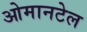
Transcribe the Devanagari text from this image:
ओमानटेल